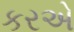
કરએ